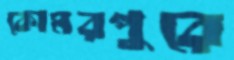
কোমরপুরে